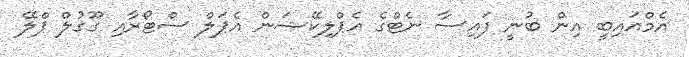
އެމްއައިބީ އިން ބުނީ ފައިސާ ނެޓްގެ އެޕްލިކޭޝަން އެޕަލް ސްޓޯރާއި ގޫގުލް ޕްލޭ